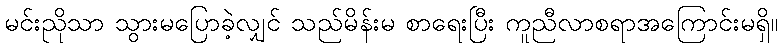
မင်းညိုသာ သွားမပြောခဲ့လျှင် သည်မိန်းမ စာရေးပြီး ကူညီလာစရာအကြောင်းမရှိ။